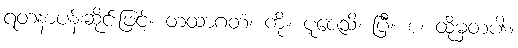
ရတနာပန်းဆိုင်းဖြင့်။ တထာဂတံ၊ ကို။ ပူဇေသိ၊ ပြီ။ စ၊ ထိုမှတပါး။